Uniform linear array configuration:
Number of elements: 64
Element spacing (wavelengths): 0.5
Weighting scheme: blackman
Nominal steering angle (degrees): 15
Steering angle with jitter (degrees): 13.11
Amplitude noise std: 0.05
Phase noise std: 0.05

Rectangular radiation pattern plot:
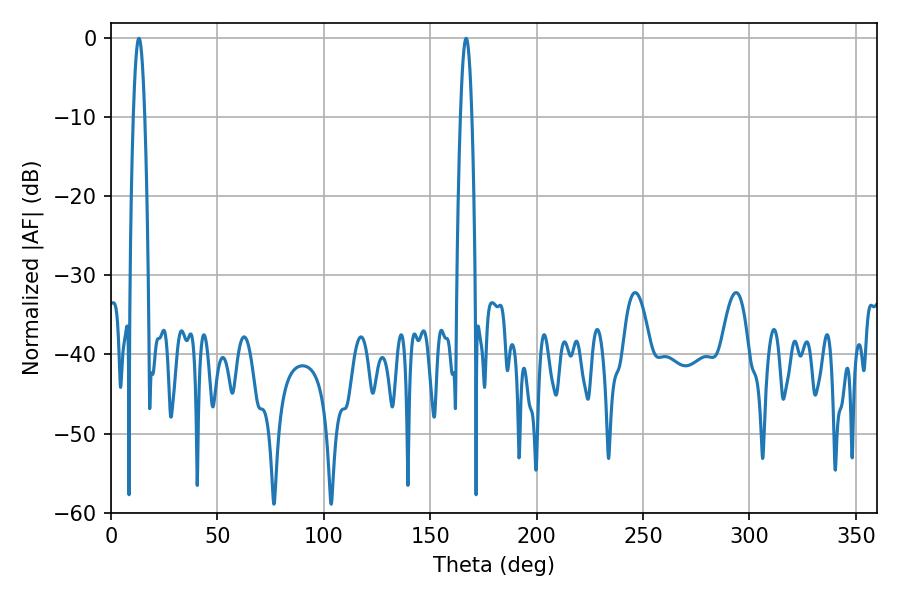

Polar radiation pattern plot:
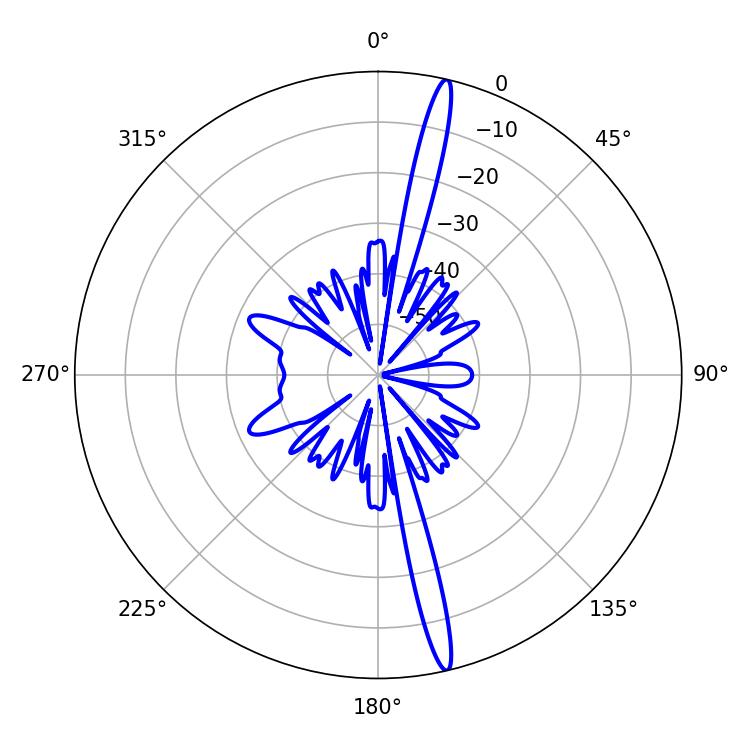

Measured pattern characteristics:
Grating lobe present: FALSE
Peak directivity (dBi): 18.974
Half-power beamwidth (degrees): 2.88
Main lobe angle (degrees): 13.14